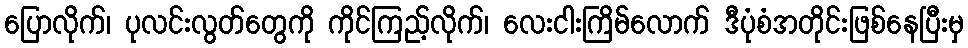
ပြောလိုက်၊ ပုလင်းလွတ်တွေကို ကိုင်ကြည့်လိုက်၊ လေးငါးကြိမ်လောက် ဒီပုံစံအတိုင်းဖြစ်နေပြီးမှ